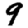
Digit: 9